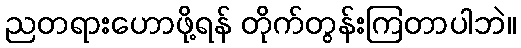
ညတရားဟောဖို့ရန် တိုက်တွန်းကြတာပါဘဲ။